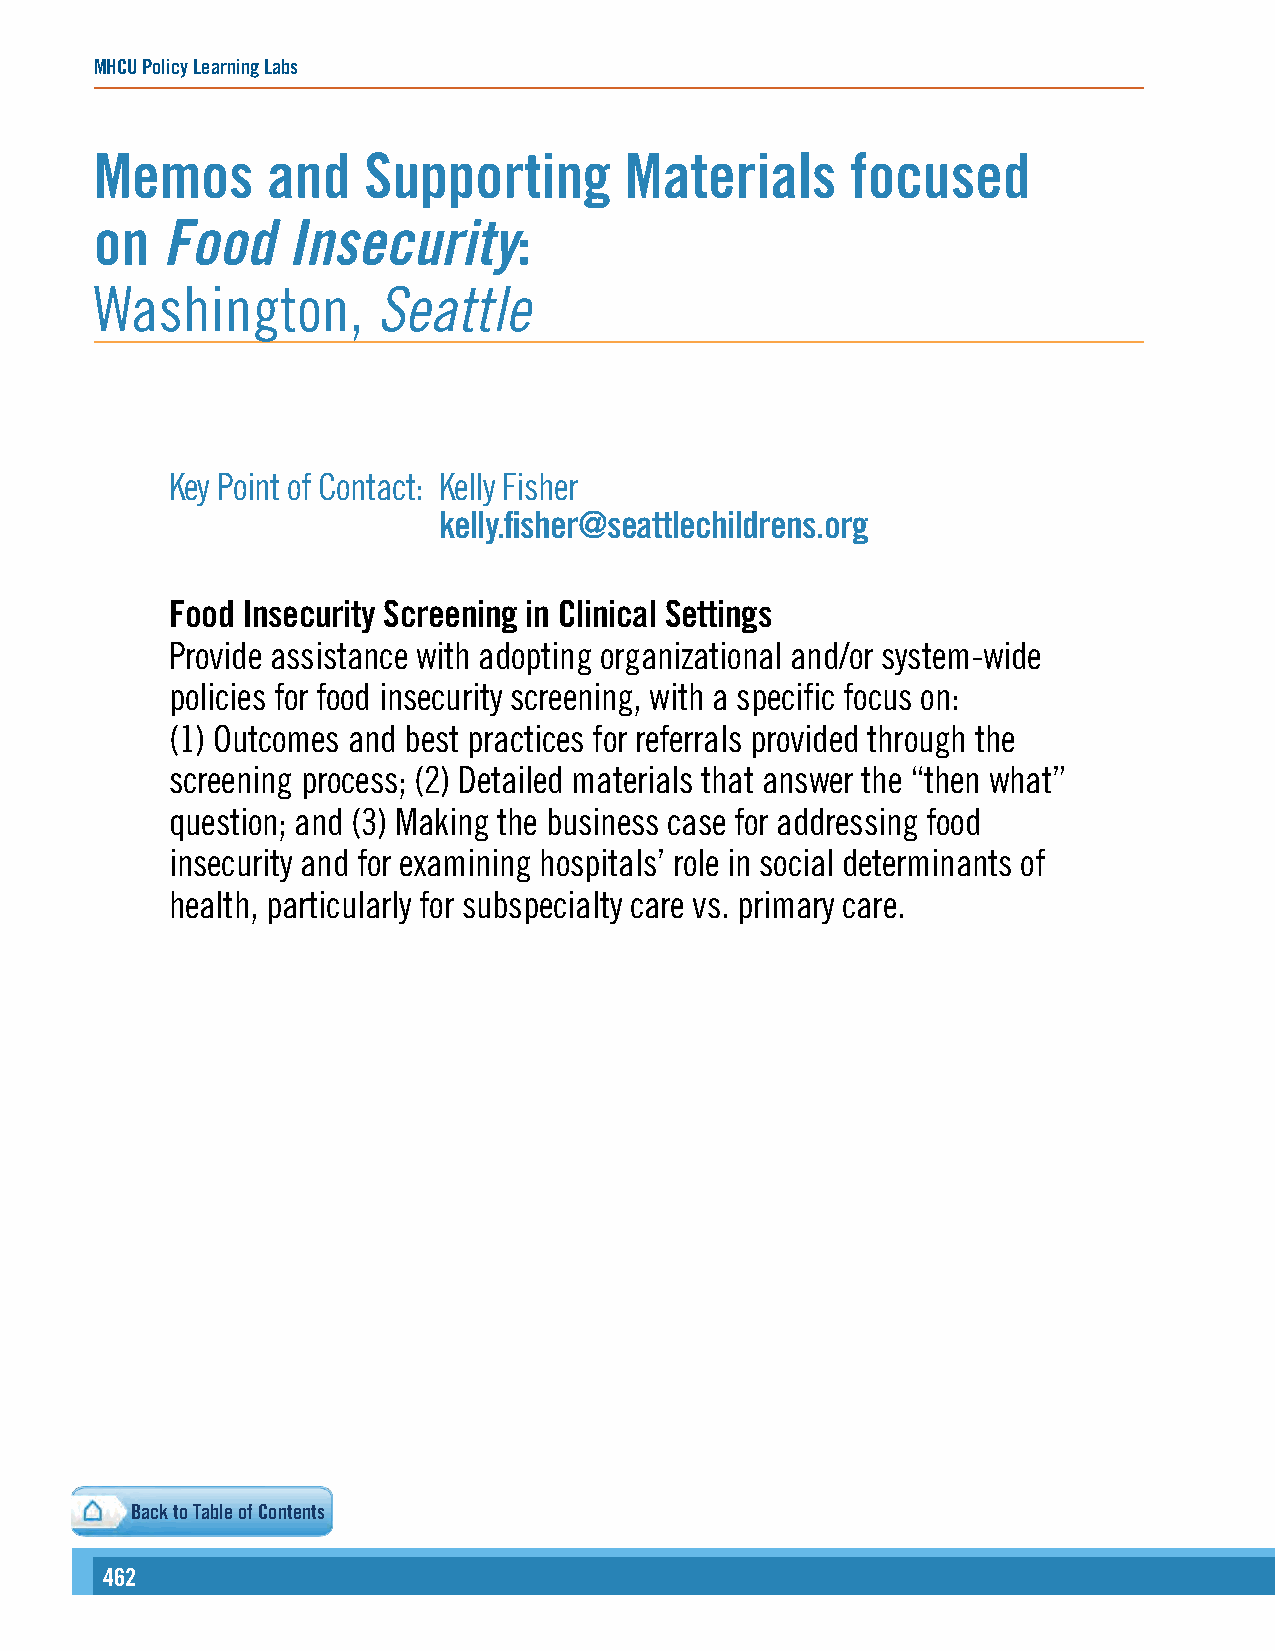
MHCU Policy Learning Labs
 Memos       and   Supporting       Materials      focused
 on   Food    Insecurity:
 Washington,        Seattle
 Key Point of Contact: Kelly Fisher
 kelly.fisher@seattlechildrens.org
 Food Insecurity Screening in Clinical Settings
 Provide assistance with adopting organizational and/or system-wide
 policies for food insecurity screening, with a specific focus on:
 (1) Outcomes and best practices for referrals provided through the
 screening process; (2) Detailed materials that answer the “then what”
 question; and (3) Making the business case for addressing food
 insecurity and for examining hospitals’ role in social determinants of
 health, particularly for subspecialty care vs. primary care.
 Back to Table of Contents
 462                                                                                                                                                      446633